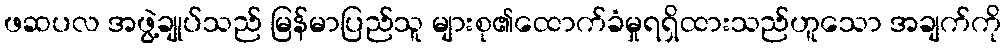
ဖဆပလ အဖွဲ့ချုပ်သည် မြန်မာပြည်သူ များစု၏ထောက်ခံမှုရရှိထားသည်ဟူသော အချက်ကို